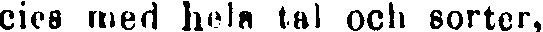
cies med hela tal och sorter,